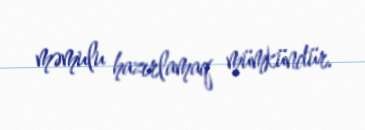
məmulu hazırlamaq mümkündür.